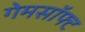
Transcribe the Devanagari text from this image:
गेमसॉफ्ट